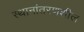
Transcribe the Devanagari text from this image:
स्थानांतरणशील